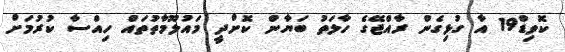
ކޮވިޑް19 އާ ގުޅިގެން ރާއްޖޭގެ ހާލަތު ބަޔާން ކޮށްދީ މައުލޫމާތުތައް ހިއްސާ ކުރުމަށް